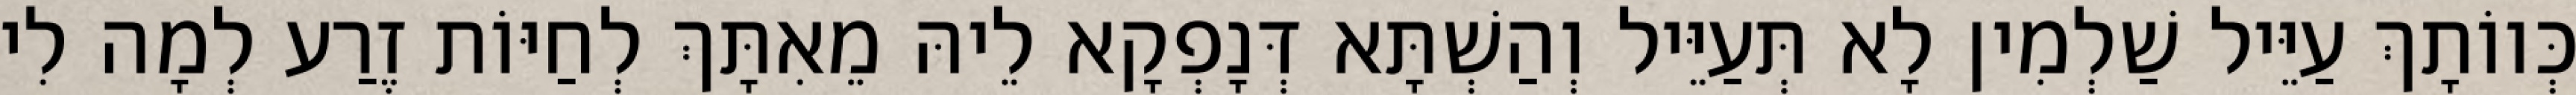
כְּווֹתָךְ עַיֵּיל שַׁלְמִין לָא תְּעַיֵּיל וְהַשְׁתָּא דְּנָפְקָא לֵיהּ מֵאִתָּךְ לְחַיּוֹת זֶרַע לְמָה לִי